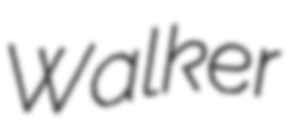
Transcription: Walker